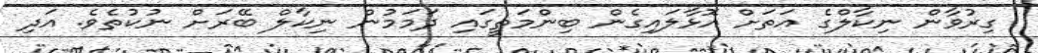
ގިރުވާން ނިކާލްގެ އަތަށް އޮޅާލައިގެން ބިންމަތީގައި ދަމަމުން ނިކާލް ބޭރަށް ނުކުތެވެ. އަދި